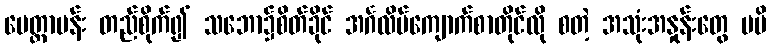
မေတ္တာပန်း တည်စိုက်၍ သဘော၌စိတ်ခိုင် အင်္ဂလိပ်ကျောက်စာတိုင်လို စတဲ့ အသုံးအနှုန်းတွေ မမိ